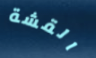
القشة